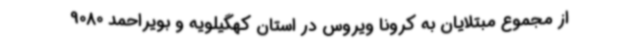
از مجموع مبتلایان به کرونا ویروس در استان کهگیلویه و بویراحمد 9080